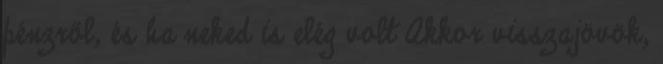
pénzről, és ha neked is elég volt Akkor visszajövök,